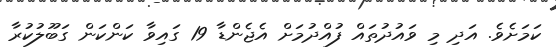
ކަމަށެވެ. އަދި މި ވައުދުތައް ފުއްދުމަށް އެޖެންޑާ 19 ގައިވާ ކަންކަން ގަބޫލުކުރާ